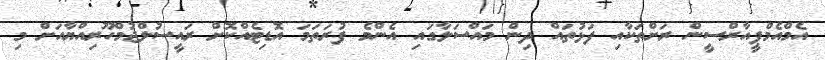
އެމްއެމްޕީއާރްސީން ރަށްތަކާއި ފަޅުތައް ދިން މައްސަލާގައި އެންމެ ފުރަތަމަ އޮޑިޓެއްކޮށް ރައީސުލްޖުމްހޫރިއްޔާއަށް މި